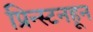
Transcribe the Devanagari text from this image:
प्रिन्स्टनहून